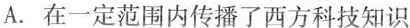
A.在一定范围内传播了西方科技知识